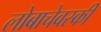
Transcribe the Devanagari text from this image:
लोबाचेवस्की